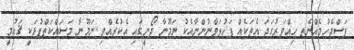
ފަސްޖެހުމެއްނެތި ހިއްވަރުގަދަ އެތަކެއް ފަހުލަވާނުންނާއެކު ނަމޫނާ ދޯނީގައި އެކުރެއްވި ނަމޫނާ މަސައްކަތްޕުޅަކީ ޤައުމީ